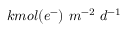
k m o l ( e ^ { - } ) \ m ^ { - 2 } \ d ^ { - 1 }